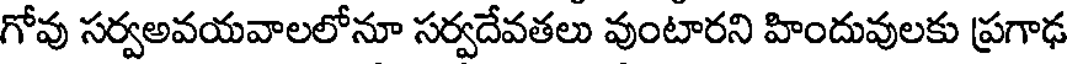
గోవు సర్వఅవయవాలలోనూ సర్వదేవతలు వుంటారని హిందువులకు ప్రగాఢ